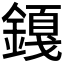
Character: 𬫿